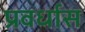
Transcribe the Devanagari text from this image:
प्रवर्धास